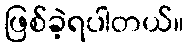
ဖြစ်ခဲ့ရပါတယ်။